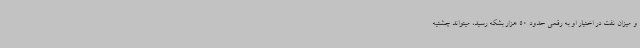
و میزان نفت در اختیار او به رقمی حدود 50 هزار بشکه رسید، میتواند چشتیه